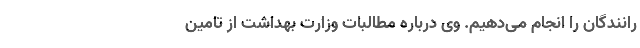
رانندگان را انجام می‌دهیم. وی درباره مطالبات وزارت بهداشت از تامین